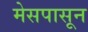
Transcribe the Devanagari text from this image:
मेसपासून